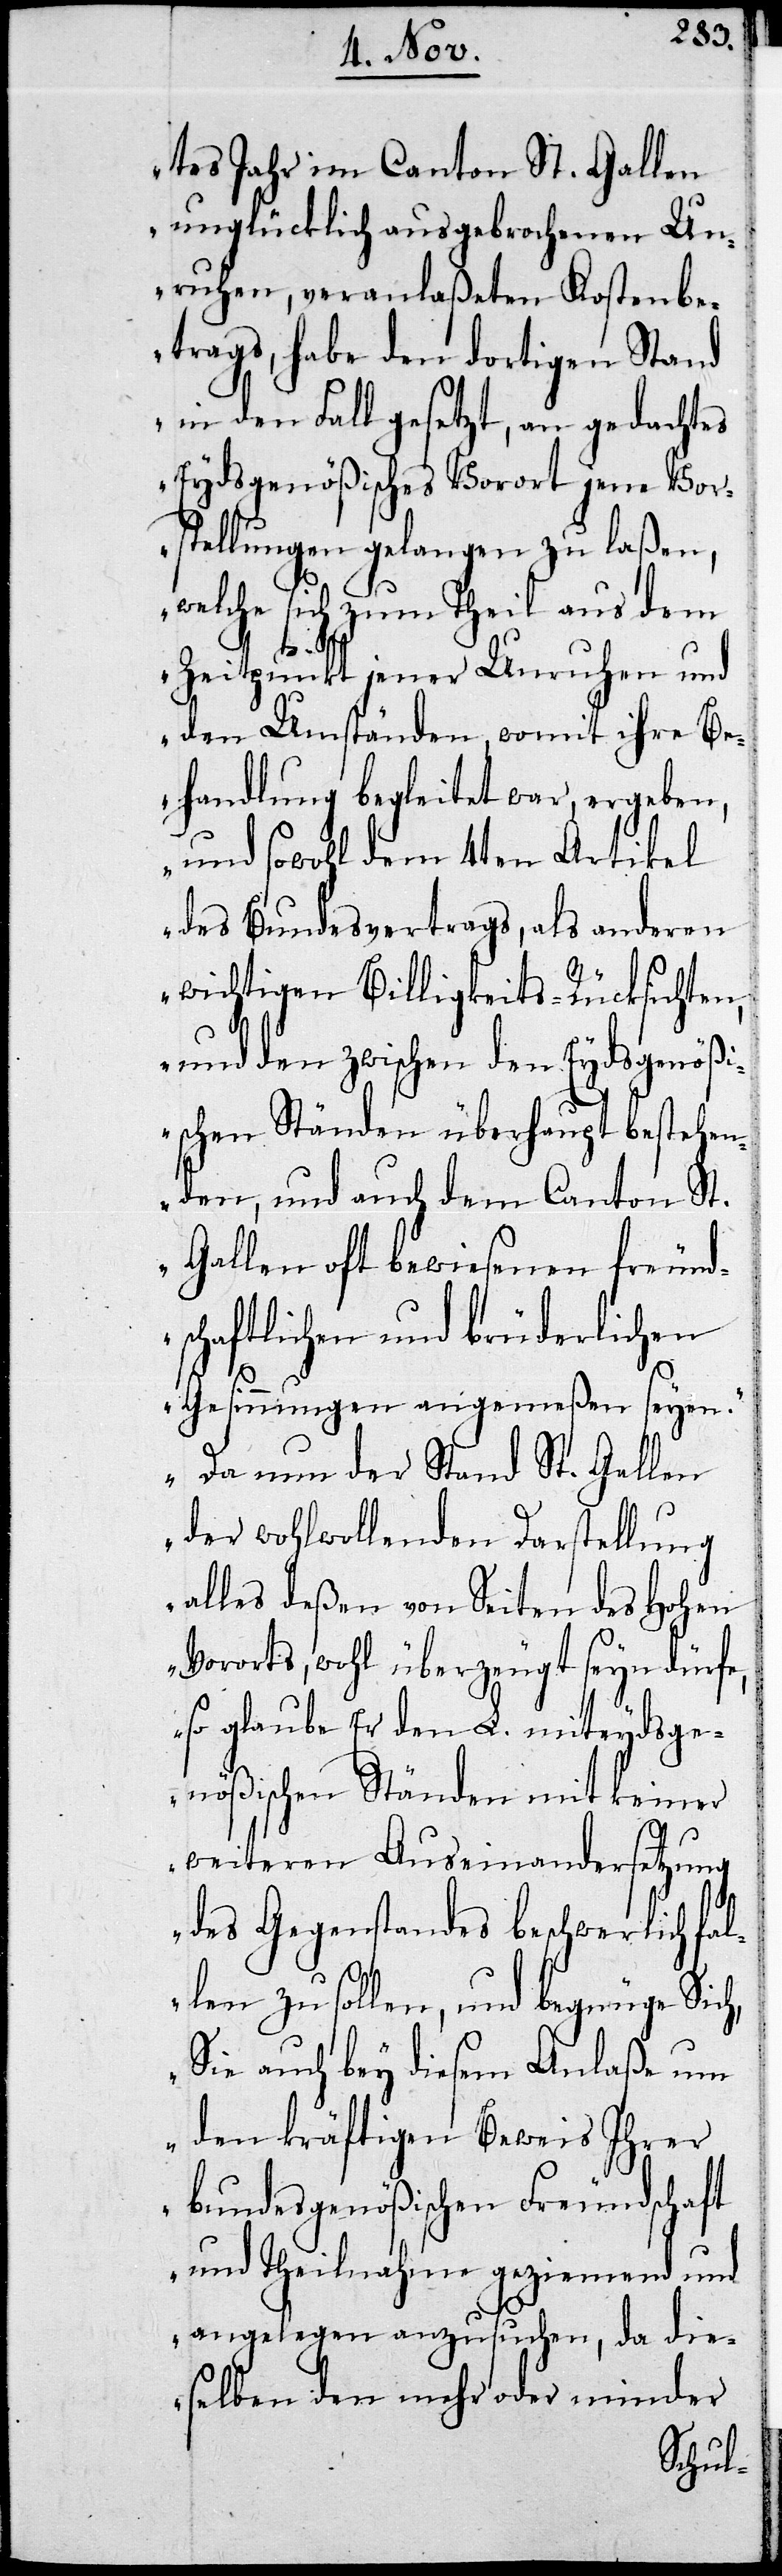
tes Jahr im Canton St. Gallen
unglücklich ausgebrochenen Un¬
ruhen, veranlaßten Kostenbe¬
trags, habe den dortigen Stand
in den Fall gesetzt, an gedachtes
Eydsgenößisches Vorort jene Vor¬
stellungen gelangen zu laßen,
welche sich zum Theil aus dem
Zeitpunkt jener Unruhen und
den Umständen, womit ihre Be¬
handlung begleitet war, ergeben,
und sowohl dem 4ten Artikel
des Bundesvertrags, als anderen
wichtigen Billigkeits-Rücksichten,
und den zwischen den Eydsgenößi¬
schen Ständen überhaupt bestehen¬
den, und auch dem Canton St.
Gallen oft bewiesenen freund¬
schaftlichen und brüderlichen
Gesinnungen angemeßen seyen.
Da nun der Stand St. Gallen
der wohlwollenden Darstellung
alles deßen von Seiten des Hohen
Vororts, wohl überzeugt seyn dürfe,
so glaube Er den L. miteydsge¬
nößischen Ständen mit keiner
weiteren Auseinandersetzung
des Gegenstandes beschwerlich fal¬
len zu sollen, und begnüge Sich,
Sie auch bey diesem Anlaße um
den kräftigsten Beweis Ihrer
bundesgenößischen Freundschaft
und Theilnahme geziemend und
angelegen anzusuchen, da die¬
selben den mehr oder minder